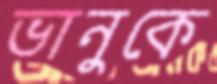
ভানুকে